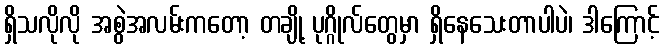
ရှိသလိုလို အစွဲအလမ်းကတော့ တချို့ ပုဂ္ဂိုလ်တွေမှာ ရှိနေသေးတာပါပဲ၊ ဒါကြောင့်